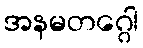
အနမတဂ္ဂေါ